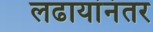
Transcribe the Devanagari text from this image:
लढायांनंतर